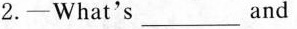
2.-What's ___ and